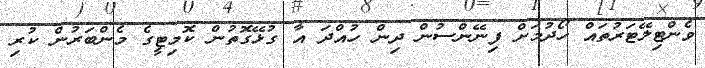
ވެންޓިލޭޓަރުތައް ހޯދުމަށް ފިނޭންސުން ދިން ހުއްދަ އާ ގުޅޭގޮތުން ކޮމިޓީގެ މެންބަރުން ކުރި